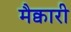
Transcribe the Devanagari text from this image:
मैक्वारी